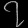
Digit: ၇